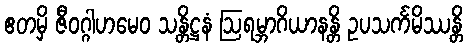
ဧတမှိ ဇီဝဂ္ဂါဟမေဝ သန္တိဋ္ဌနံ ဩရမ္ဘာဂိယာနန္တိ ဥပသင်္ကမိဿန္တိ